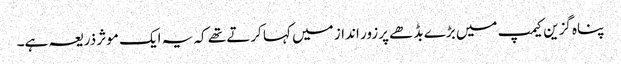
پناہ گزین کیمپ میں بڑے بڈھے پرزور انداز میں کہا کرتے تھے کہ یہ ایک موثر ذریعہ ہے۔